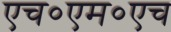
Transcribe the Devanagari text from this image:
एच०एम०एच